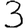
Digit: 3